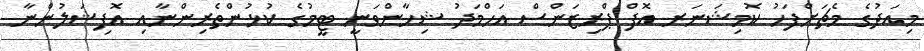
މިއަދުގެ މެޗަށްފަހު ކޮމިޝަނަރ އޮފް ޕްރިޒަންސް އަހްމަދު ޝިހާންވަނީ ޓީމުގެ ކުޅުންތެރިންނާއި އޮފިޝަލުންނާ